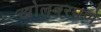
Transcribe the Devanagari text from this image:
खोलवरपणे